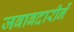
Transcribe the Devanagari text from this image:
जबाबदारीनें